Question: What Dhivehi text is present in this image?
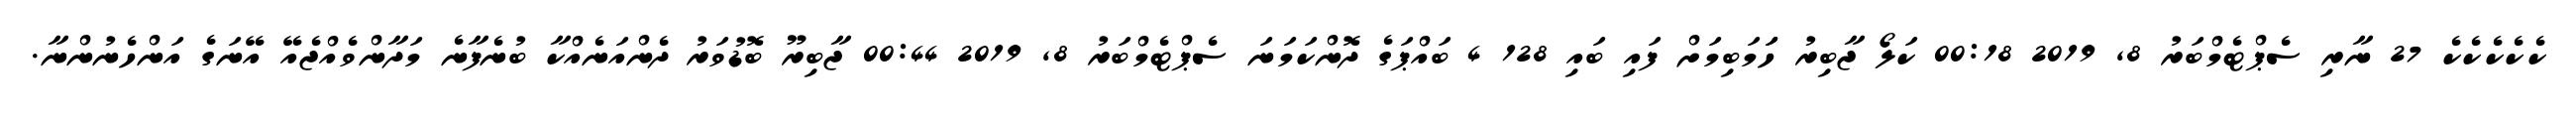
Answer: ކެކެކެކެކެ 27 ނާރި ސެޕްޓެމްބަރު 8, 2019 00:18 ކަލޯ ޖާބިރު ހަަމަބިމަށް ފައި ބައި 128 4 ބައްޕަގެ ދޮންކަމަނަ ސެޕްޓެމްބަރު 8, 2019 00:44 ޖާބިރޫ ބޮޑުވަރު ދެންއަނެއްކާ ބުނެފާނެ މަދާންވެއްޖެއޭ އޭނަގެ އަންހެނުންނާ.